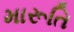
મારૂતિ